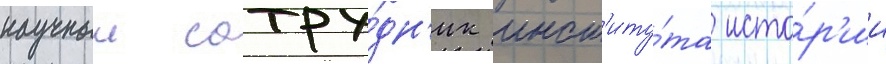
научныи сотру́дн'ик инст'иту́та исто́р'ии